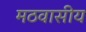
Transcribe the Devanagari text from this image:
मठवासीय